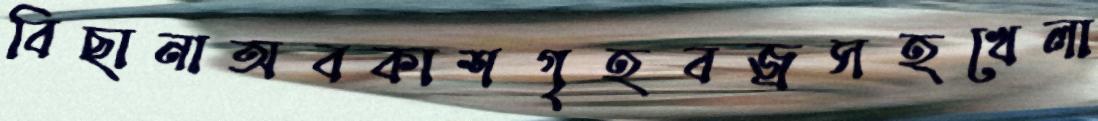
বিছানাঅবকাশগৃহবজ্রসহখেলা